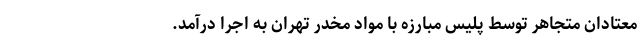
معتادان متجاهر توسط پلیس مبارزه با مواد مخدر تهران به اجرا درآمد.